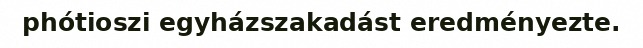
phótioszi egyházszakadást eredményezte.